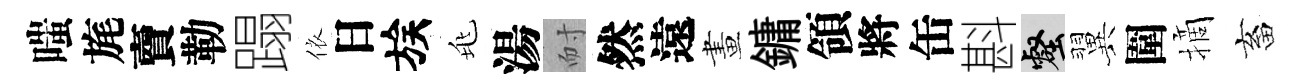
嗤旄𧶠勒蹋依日族兆湯耐然遠畫鏞領將缶斟壑翼圍摘畜